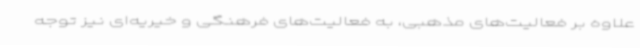
علاوه بر فعالیت‌های مذهبی، به فعالیت‌های فرهنگی و خیریه‌ای نیز توجه